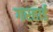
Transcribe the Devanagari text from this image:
गरहार्ड